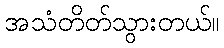
အသံတိတ်သွားတယ်။